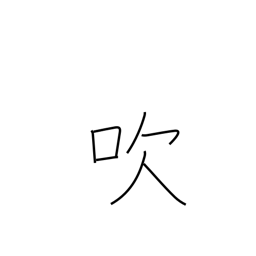
Meaning: emit